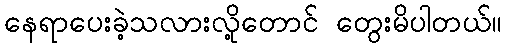
နေရာပေးခဲ့သလားလို့တောင် တွေးမိပါတယ်။